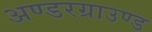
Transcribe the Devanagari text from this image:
अण्डरग्राउण्ड